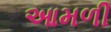
આમળી